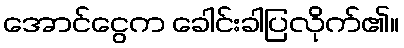
အောင်ငွေက ခေါင်းခါပြလိုက်၏။